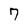
Character: 7